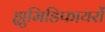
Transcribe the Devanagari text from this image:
ह्युमिडिफायरों